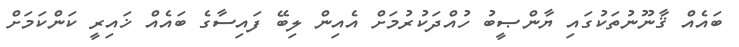
ބައެއް ޤާނޫނުތަކުގައި ޔާންޞީބު ހުއްދަކުރުމަށް އެއިން ލިބޭ ފައިސާގެ ބައެއް ޚައިރީ ކަންކަމަށް